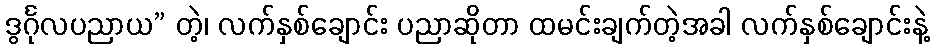
ဒွင်္ဂုလပညာယ” တဲ့၊ လက်နှစ်ချောင်း ပညာဆိုတာ ထမင်းချက်တဲ့အခါ လက်နှစ်ချောင်းနဲ့